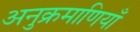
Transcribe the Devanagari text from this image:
अनुक्रमाणियाँ